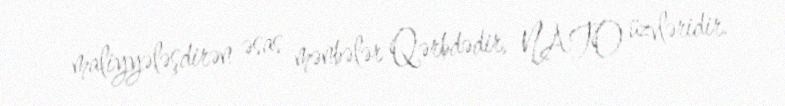
maliyyələşdirən əsas mənbələr Qərbdədir, NATO üzvləridir.